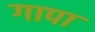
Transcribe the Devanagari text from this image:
गापा